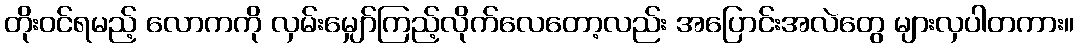
တိုးဝင်ရမည့် လောကကို လှမ်းမျှော်ကြည့်လိုက်လေတော့လည်း အပြောင်းအလဲတွေ များလှပါတကား။